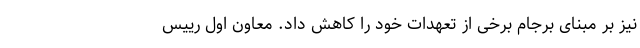
نیز بر مبنای برجام برخی از تعهدات خود را کاهش داد. معاون اول رییس